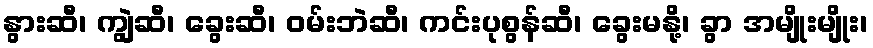
နွားဆီ၊ ကျွဲဆီ၊ ခွေးဆီ၊ ဝမ်းဘဲဆီ၊ ကင်းပုစွန်ဆီ၊ ခွေးမနို့၊ ခွာ အမျိုးမျိုး၊